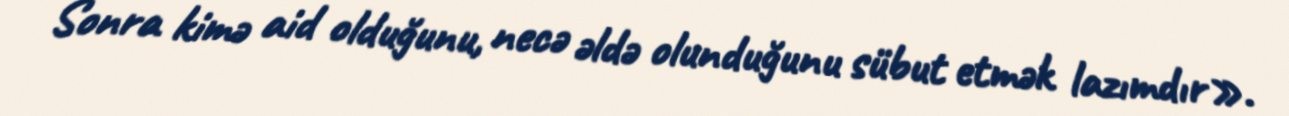
Sonra kimə aid olduğunu, necə əldə olunduğunu sübut etmək lazımdır».